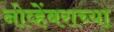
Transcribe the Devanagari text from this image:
नोव्हेंबराच्या